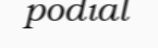
podial